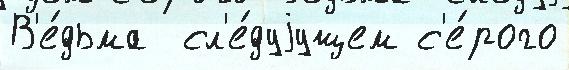
В'е́дьма  сл'е́дуjущем с'е́рого